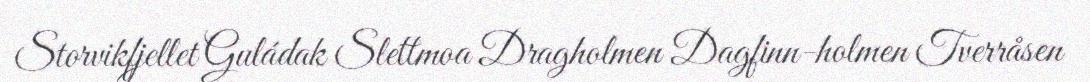
Storvikfjellet Guládak Slettmoa Dragholmen Dagfinn-holmen Tverråsen